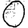
Digit: 0